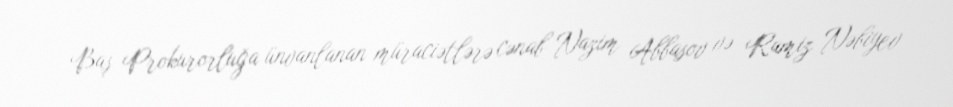
Baş Prokurorluğa ünvanlanan müraciətlərə cənab Nazim Abbasov və Ramiz Nəbiyev